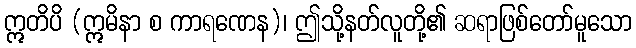
ဣတိပိ (ဣမိနာ စ ကာရဏေန)၊ ဤသို့နတ်လူတို့၏ ဆရာဖြစ်တော်မူသော